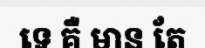
ទេ គឺ មាន តែ